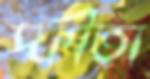
স্ফীতা